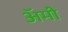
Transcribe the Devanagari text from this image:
अॅमी